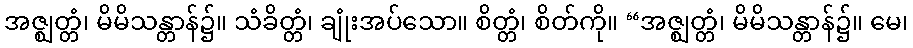
အဇ္ဈတ္တံ၊ မိမိသန္တာန်၌။ သံခိတ္တံ၊ ချုံးအပ်သော။ စိတ္တံ၊ စိတ်ကို။ “အဇ္ဈတ္တံ၊ မိမိသန္တာန်၌။ မေ၊